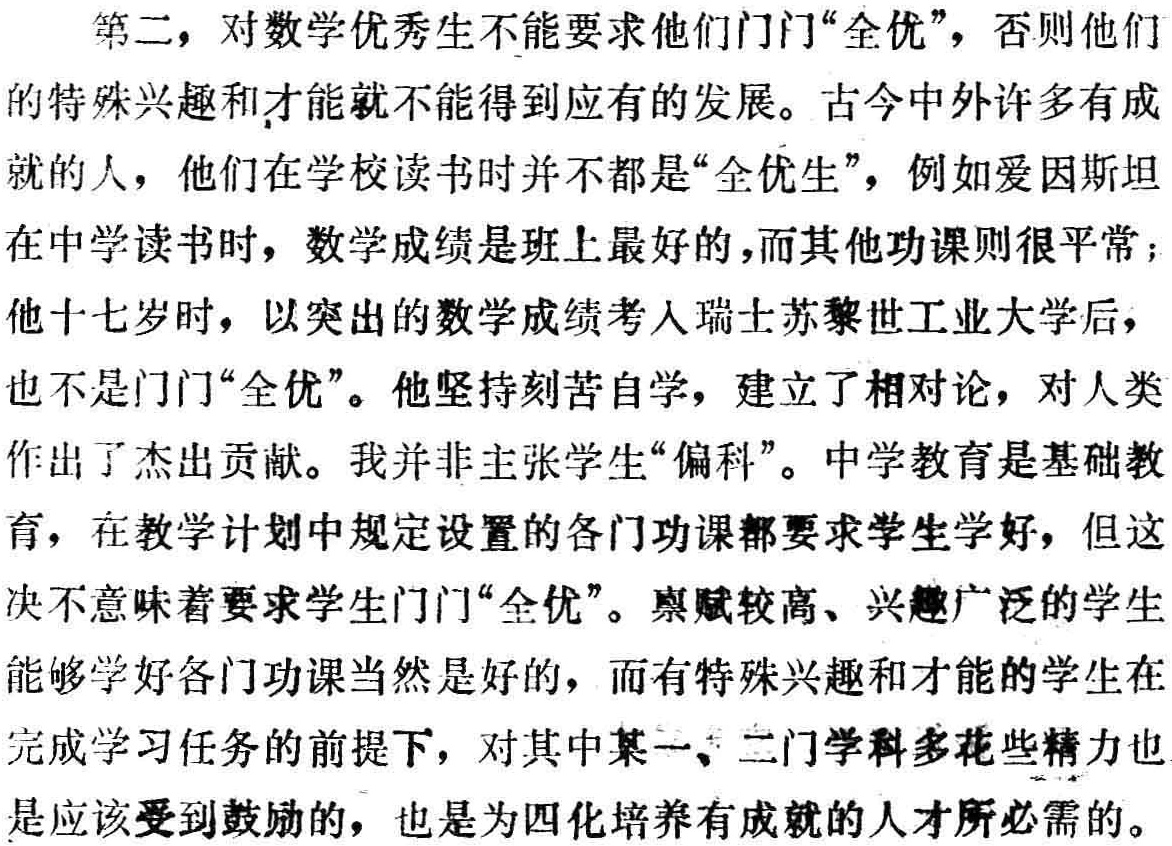
第二，对数学优秀生不能要求他们门门“全优”，否则他们

的特殊兴趣和才能就不能得到应有的发展。古今中外许多有成

就的人，他们在学校读书时并不都是“全优生”，例如爱因斯坦

在中学读书时，数学成绩是班上最好的，而其他功课则很平常；

他十七岁时，以突出的数学成绩考入瑞士苏黎世工业大学后，

也不是门门“全优”。他坚持刻苦自学，建立了相对论，对人类

作出了杰出贡献。我并非主张学生“偏科”。中学教育是基础教

育，在教学计划中规定设置的各门功课都要求学生学好，但这

决不意味着要求学生门门“全优”。禀赋较高、兴趣广泛的学生

能够学好各门功课当然是好的，而有特殊兴趣和才能的学生在

完成学习任务的前提下，对其中某一、二门学科多花些精力也

是应该受到鼓励的，也是为四化培养有成就的人才所必需的。